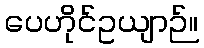
ပေဟိုင်ဥယျာဉ်။